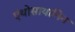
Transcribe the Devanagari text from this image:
एंथोसायानिन